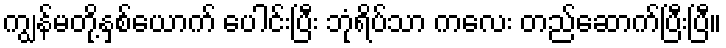
ကျွန်မတို့နှစ်ယောက် ပေါင်းပြီး ဘုံရိပ်သာ ကလေး တည်ဆောက်ပြီးပြီ။